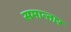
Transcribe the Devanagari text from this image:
समान्तार